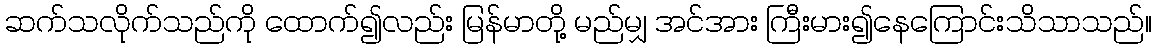
ဆက်သလိုက်သည်ကို ထောက်၍လည်း မြန်မာတို့ မည်မျှ အင်အား ကြီးမား၍နေကြောင်းသိသာသည်။